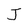
Character: J